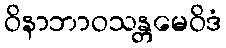
ဝိနာဘာဝသန္တမေဝိဒံ